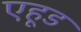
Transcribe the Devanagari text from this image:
एहूड